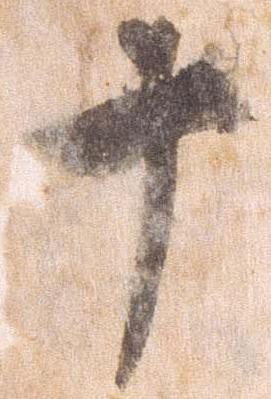
十